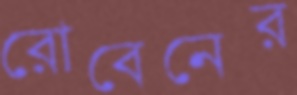
রোবেনের